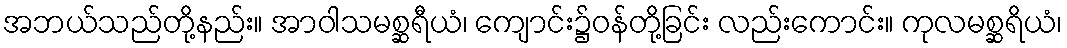
အဘယ်သည်တို့နည်း။ အာဝါသမစ္ဆရီယံ၊ ကျောင်း၌ဝန်တို့ခြင်း လည်းကောင်း။ ကုလမစ္ဆရိယံ၊